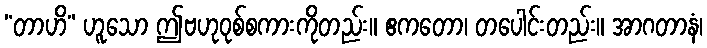
“တာဟိ” ဟူသော ဤဗဟုဝုစ်စကားကိုတည်း။ ဧကတော၊ တပေါင်းတည်း။ အာဂတာနံ၊